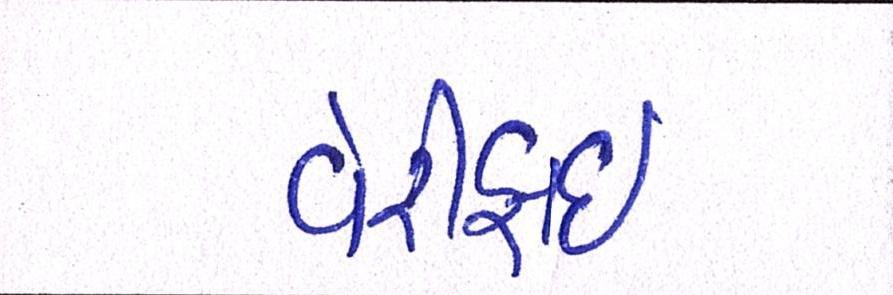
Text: વેરીફાઈ